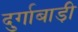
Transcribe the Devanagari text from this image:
दुर्गाबाड़ी